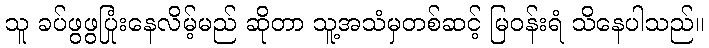
သူ ခပ်ဖွဖွပြုံးနေလိမ့်မည် ဆိုတာ သူ့အသံမှတစ်ဆင့် မြဝန်းရံ သိနေပါသည်။